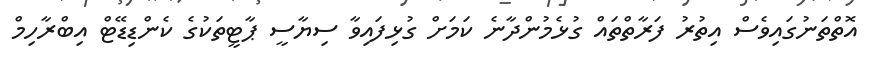
އޮތްތަނުގައިވެސް އިތުރު ފަރާތްތައް ގުޅެމުންދާނެ ކަމަށް ގުޅިފައިވާ ސިޔާސީ ޕާޓީތަކުގެ ކެންޑިޑޭޓް އިބްރާހިމް